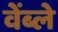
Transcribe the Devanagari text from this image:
वेंब्ले